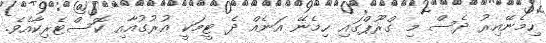
ހިމެނޭއިރު ދެސް މި ގްރޫޕްގައި ހިމެނޭ އަނެއް ދެ ޓީމަކީ އުރުގުއާއި ކޮސްޓެރިކާއެވެ.